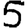
Digit: 5